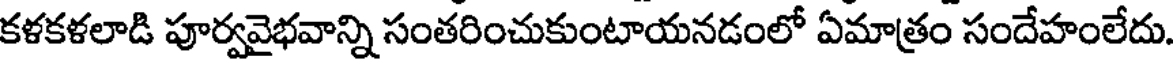
కళకళలాడి పూర్వవైభవాన్ని సంతరించుకుంటాయనడంలో ఏమాత్రం సందేహంలేదు.